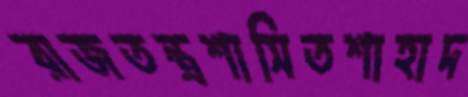
রাজতন্ত্রশাসিতশাহাদ